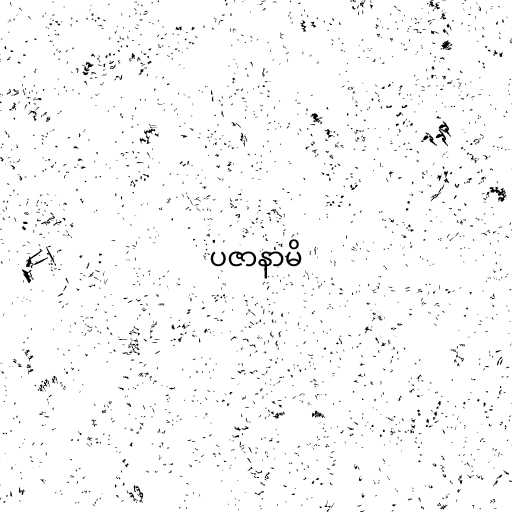
ပဇာနာမိ